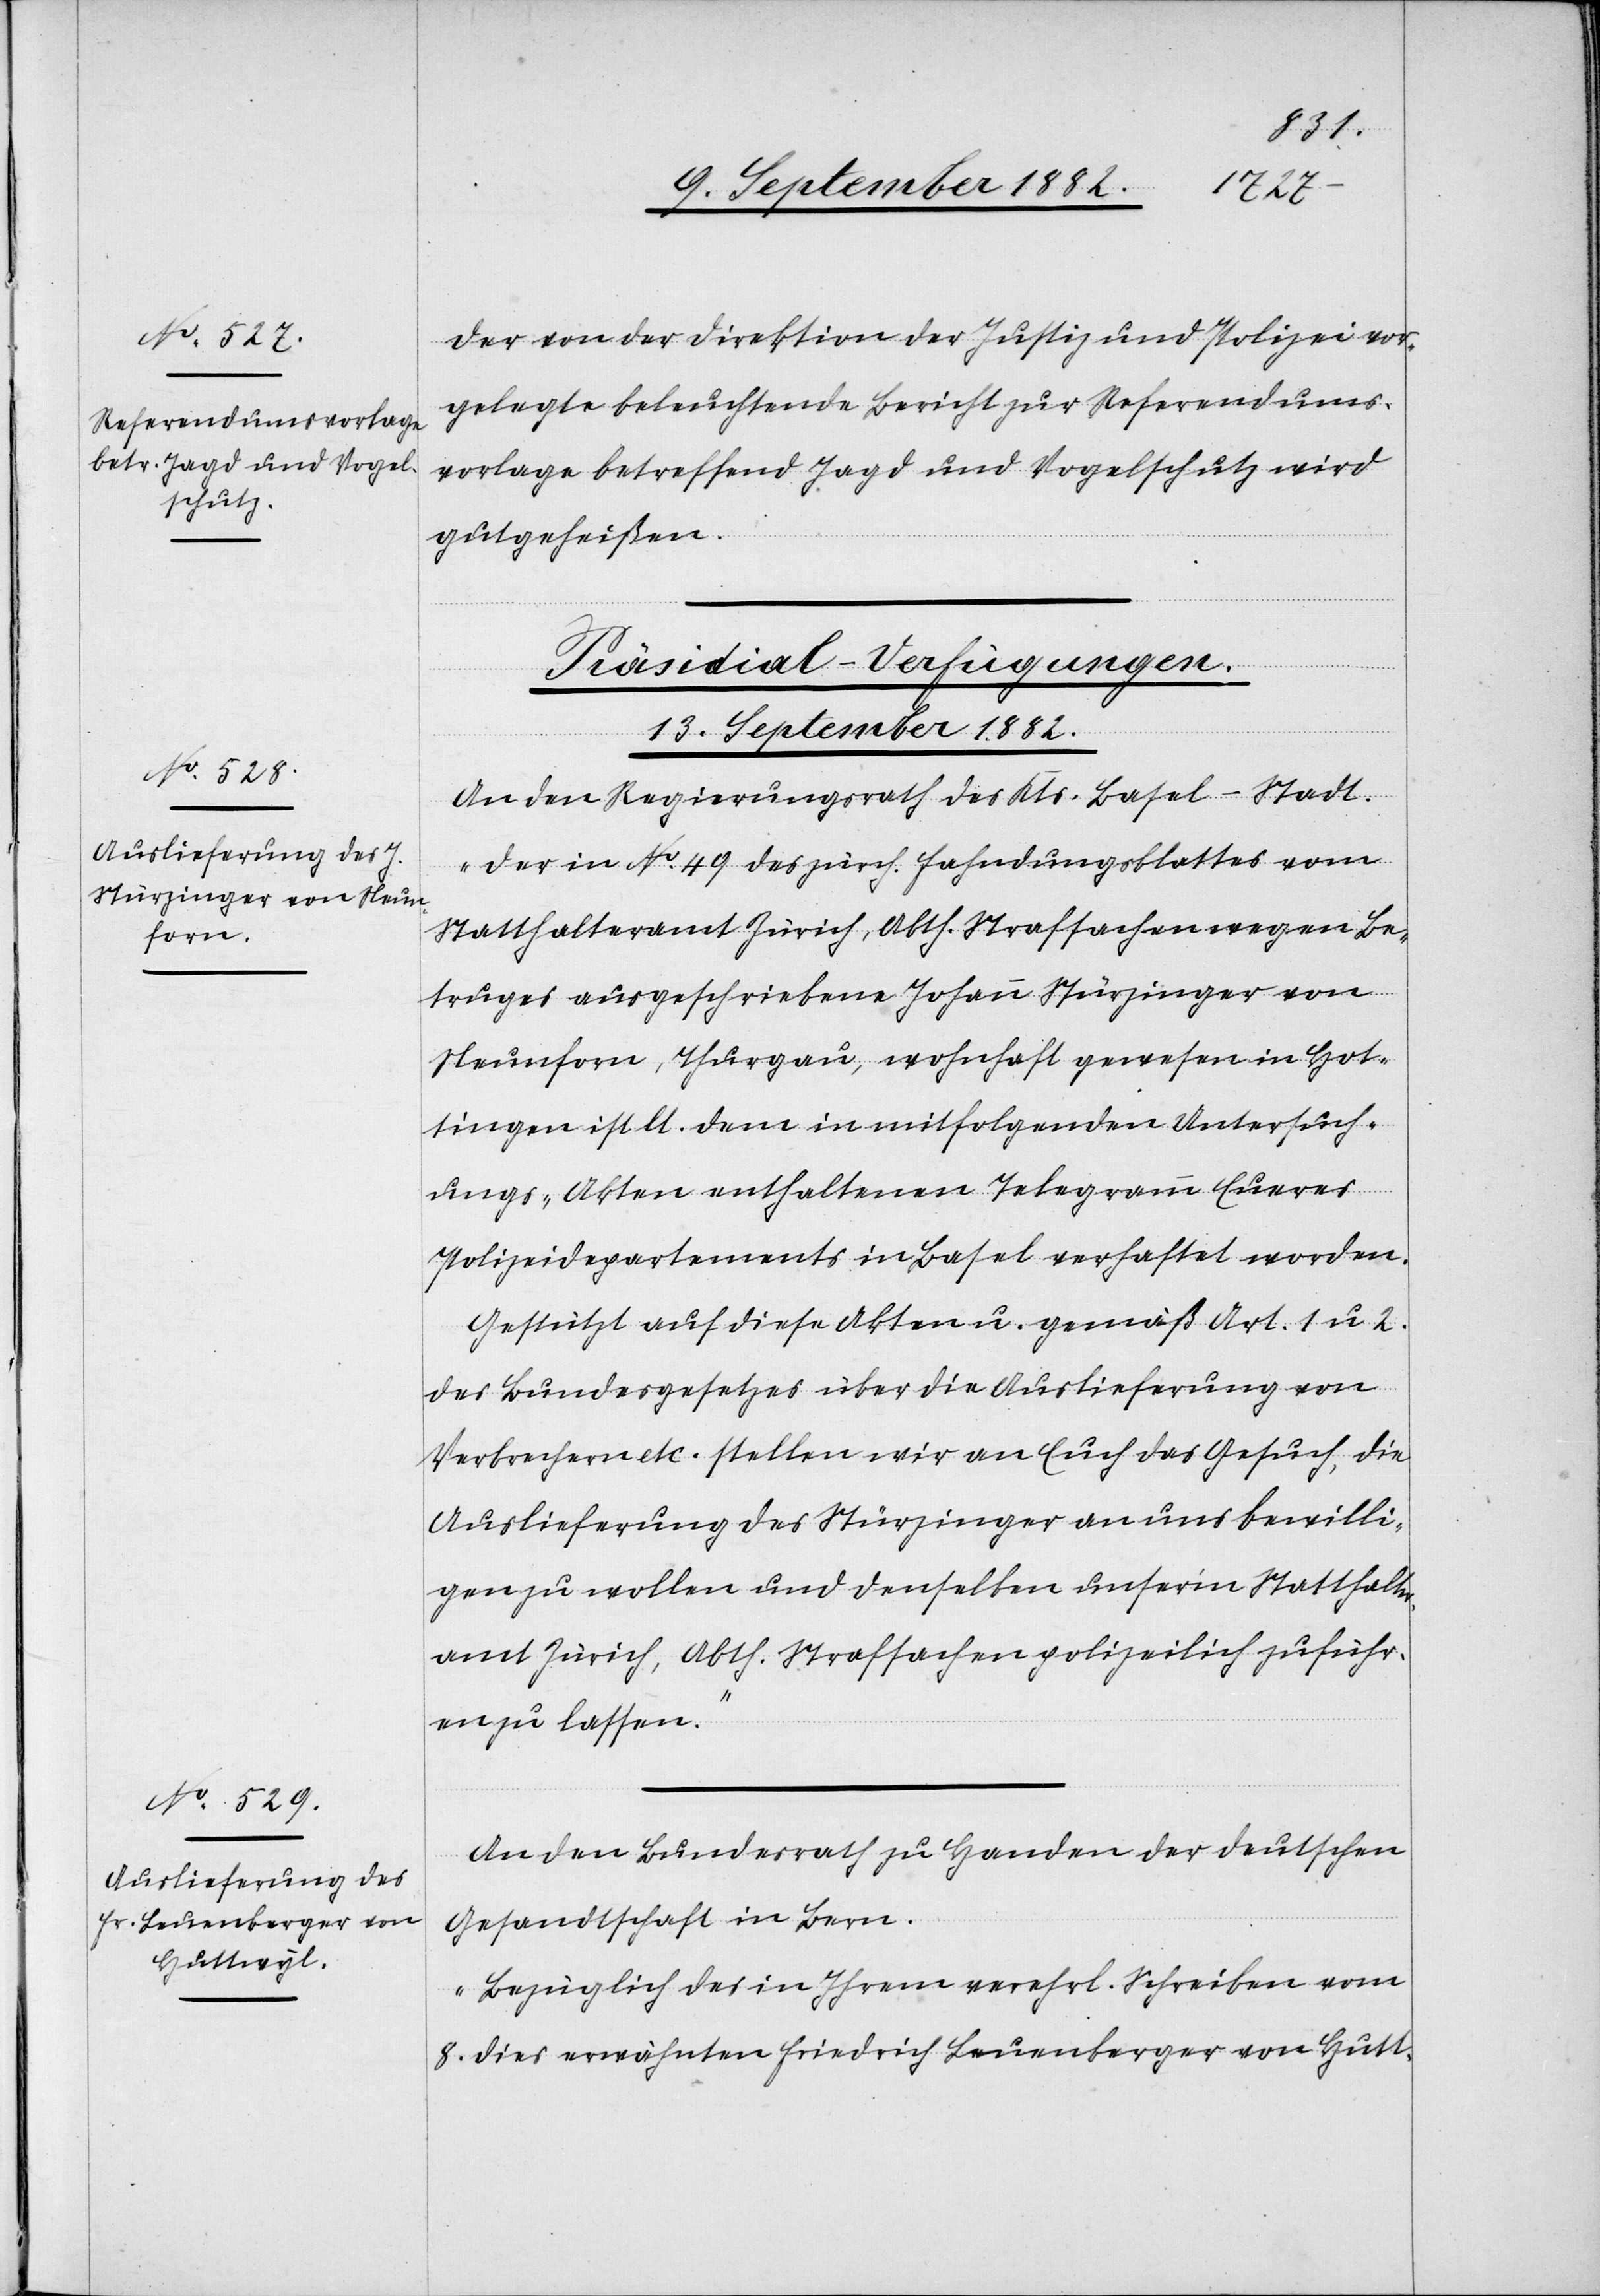
Der von der Direktion der Justiz und Polizei vor¬
gelegte beleuchtende Bericht zur Referendums¬
vorlage betreffend Jagd und Vogelschutz wird
gutgeheißen.
[Präsidial-Verfügungen.
13. September 1882.]
An den Regierungsrath des Kts. Basel-Stadt.
„Der in No 49 des zürch. Fahndungsblattes vom
Statthalteramt Zürich, Abth. Strafsachen wegen Be¬
truges ausgeschriebene Johann Stürzinger von
Neunforn, Thurgau, wohnhaft gewesen in Hot¬
tingen ist lt. dem in mitfolgenden Untersuch¬
ungs-Akten enthaltenen Telegramm Eueres
Polizeidepartements in Basel verhaftet worden.
Gestützt auf diese Akten u. gemäß Art. 1 u. 2.
des Bundesgesetzes über die Auslieferung von
Verbrechern etc. stellen wir an Euch das Gesuch, die
Auslieferung des Stürzinger an uns bewilli¬
gen zu wollen und denselben unser’m Statthalter¬
amt Zürich, Abth. Strafsachen polizeilich zuführ¬
en zu lassen.“
An den Bundesrath zu Handen der deutschen
Gesandtschaft in Bern.
„Bezüglich des in Ihrem verehrl. Schreiben vom
8. dies erwähnten Friedrich Leuenberger von Hutt-